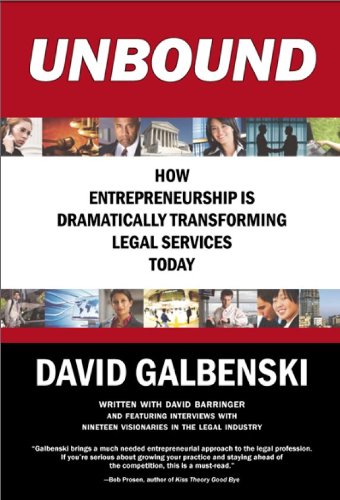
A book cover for UNBOUND: How Entrepreneurship is Dramatically Transforming Legal Services Today; David Galbenski; Law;